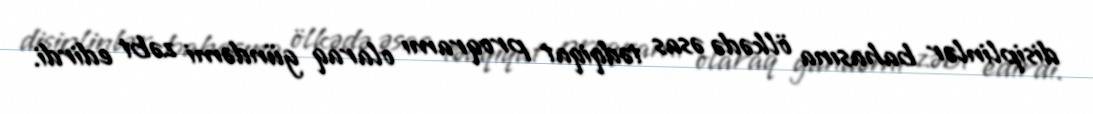
disiplinlər bahasına ölkədə əsas tədqiqat proqramı olaraq gündəmi zəbt edirdi.